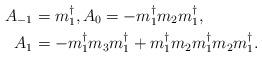
LaTeX: \begin{align*}A_{-1}&=m_1^{\dagger},A_0=-m_1^\dagger m_2m_1^\dagger,\\A_1&=-m_1^\dagger m_3m_1^\dagger+m_1^\dagger m_2m_1^\dagger m_2m_1^\dagger .\end{align*}